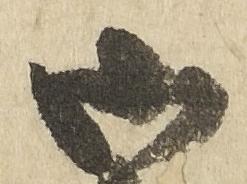
御